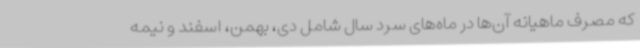
که مصرف ماهیانه آن‌ها در ماه‌های سرد سال شامل دی، بهمن، اسفند و نیمه